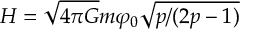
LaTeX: H = \sqrt { 4 \pi G } m \varphi _ { 0 } \sqrt { p / ( 2 p - 1 ) }